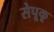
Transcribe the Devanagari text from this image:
सेपूकू